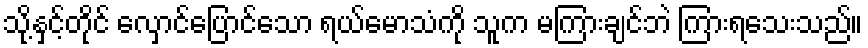
သို့နှင့်တိုင် လှောင်ပြောင်သော ရယ်မောသံကို သူက မကြားချင်ဘဲ ကြားရသေးသည်။